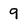
Character: 9